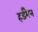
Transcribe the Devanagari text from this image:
हर्डमैन